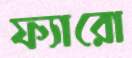
ফ্যারো